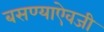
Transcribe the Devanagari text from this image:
बसण्याऐवजी